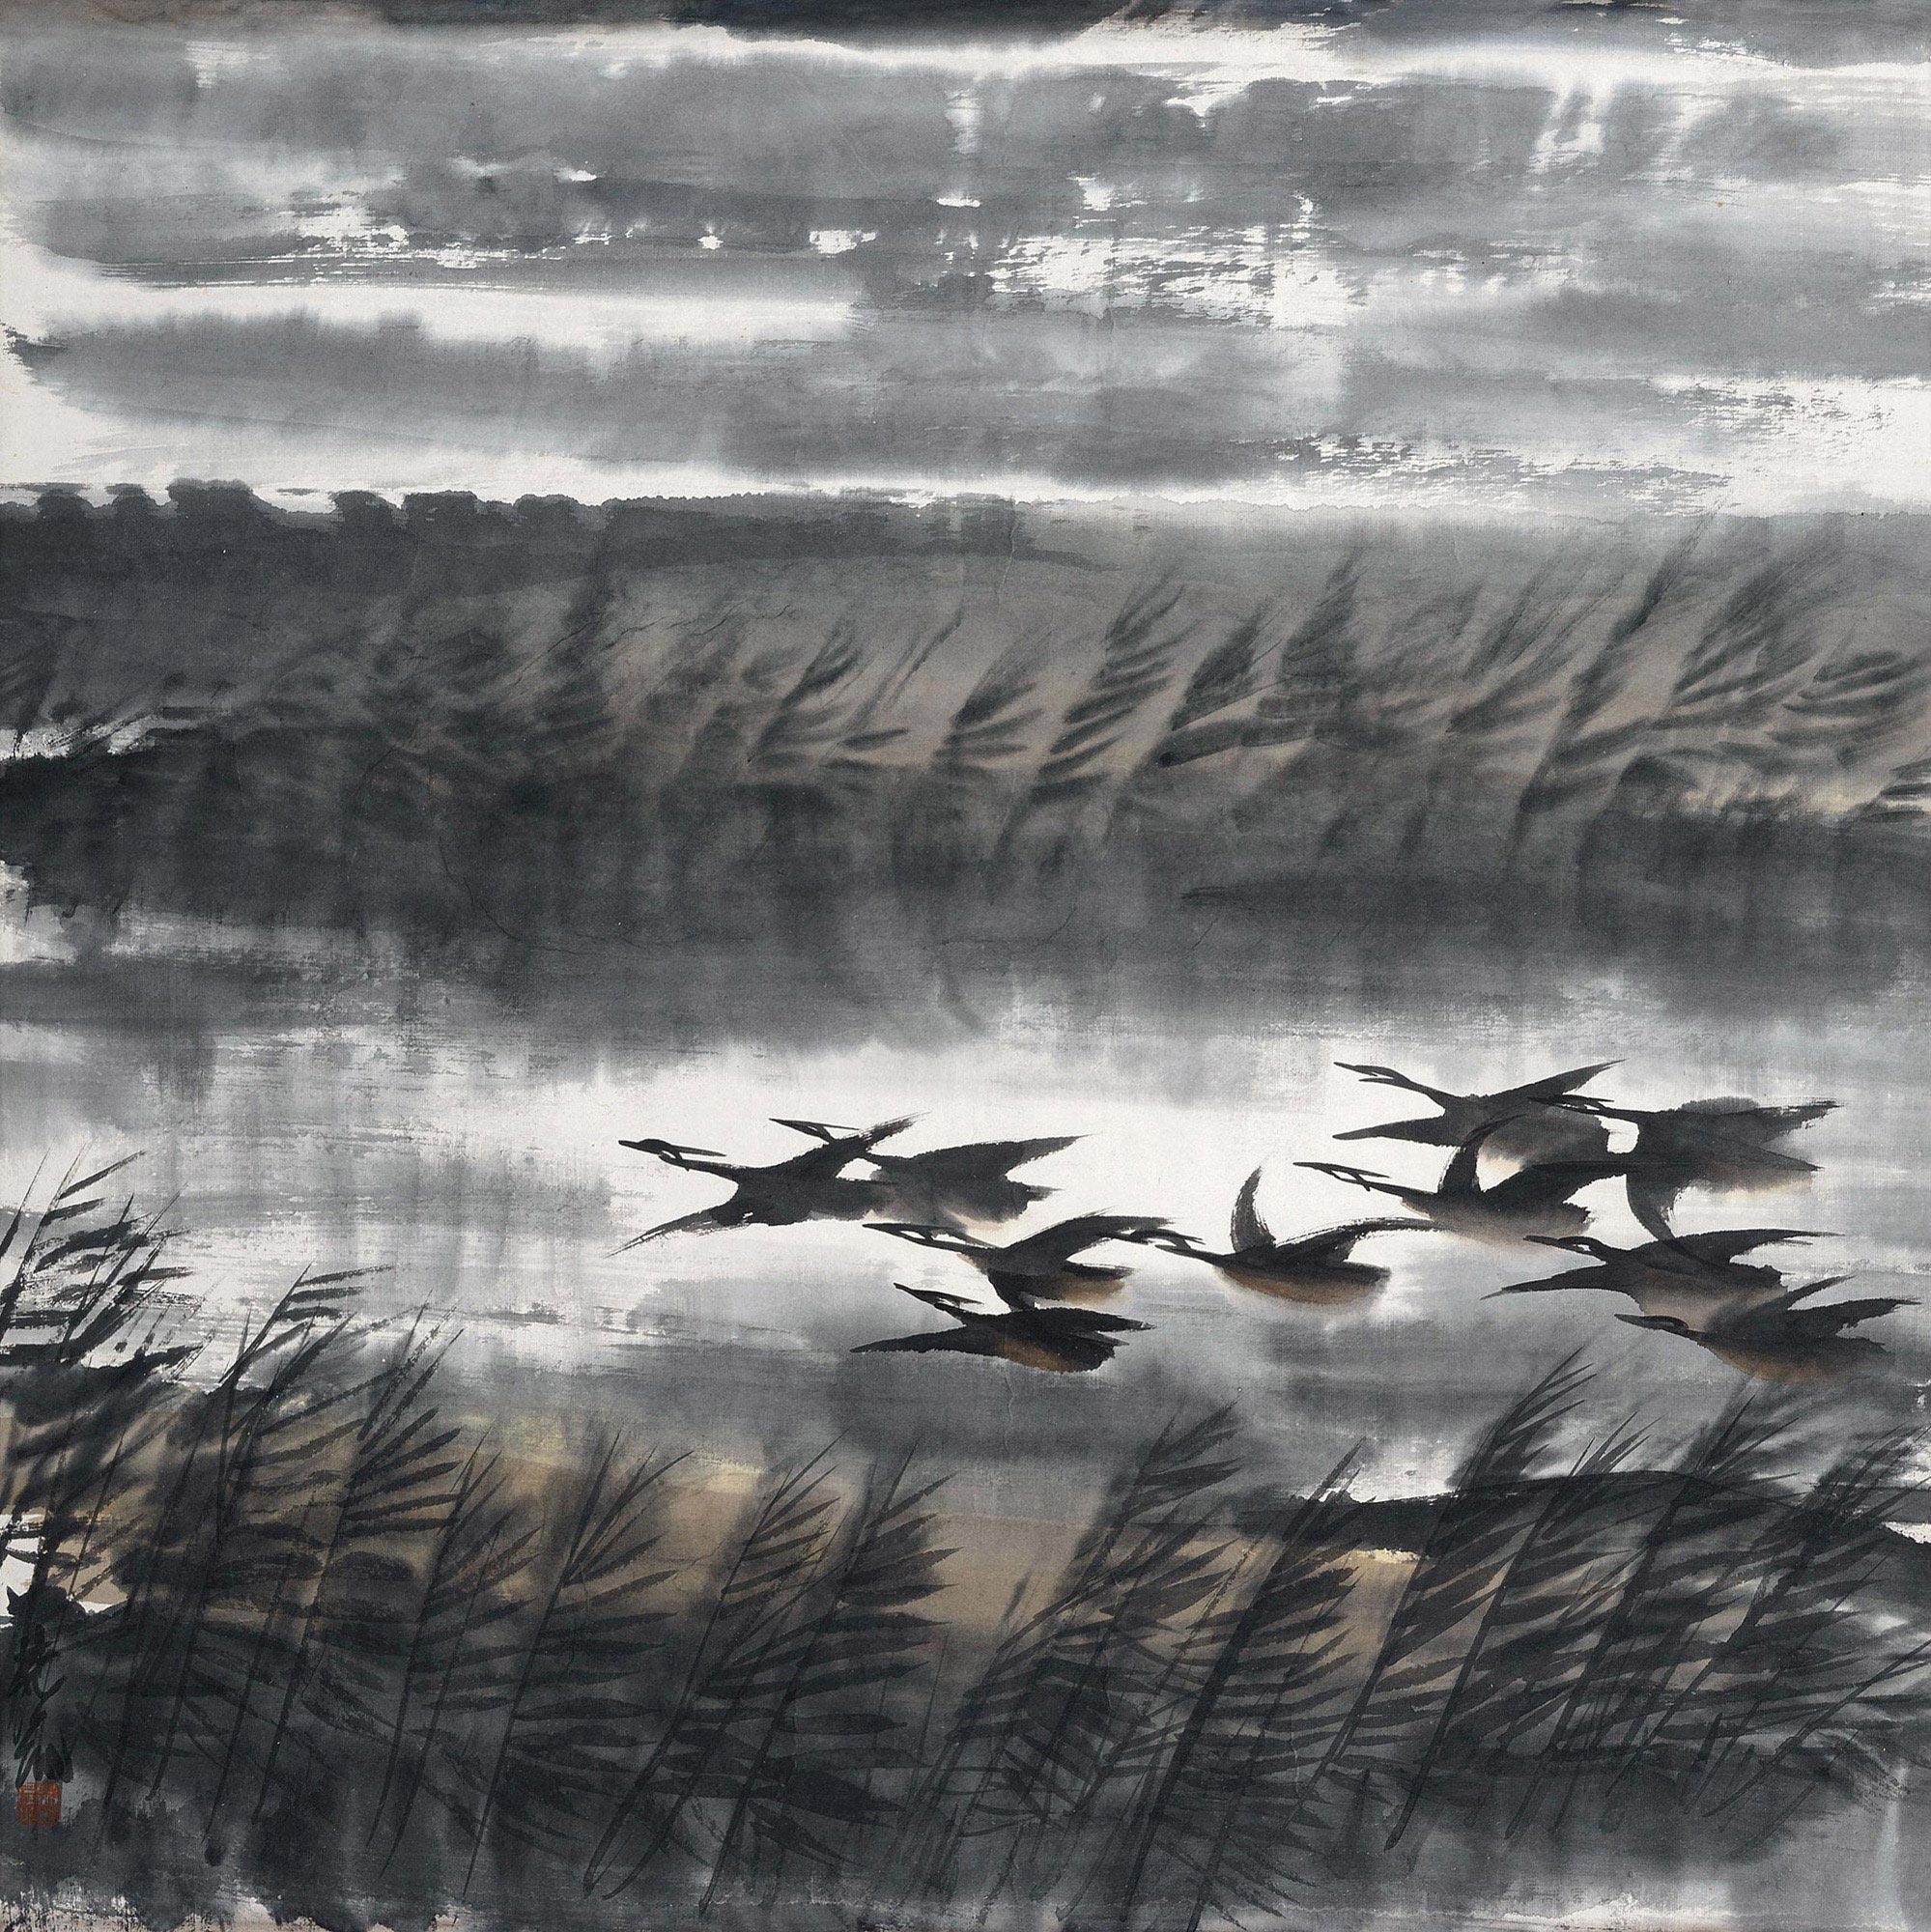
君似孤云何处归，我似离群雁。